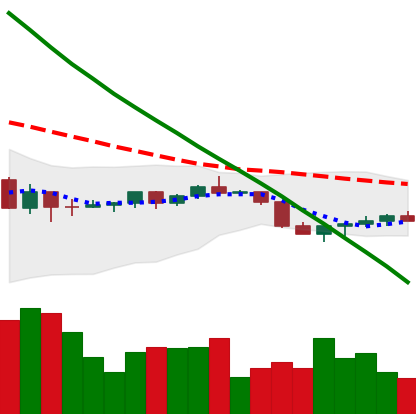
Ticker: DOGE-USD
Chart end date: 2022-07-17
Forward return: 7.061%
Label: up_7plus